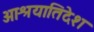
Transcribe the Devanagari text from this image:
आश्रयातिदेश